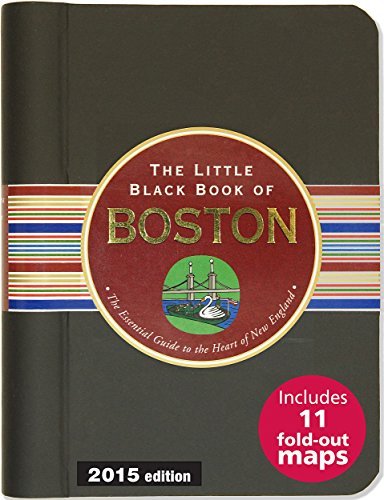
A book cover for Little Black Book of Boston, 2015 Edition; Maria T. Olia; Travel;